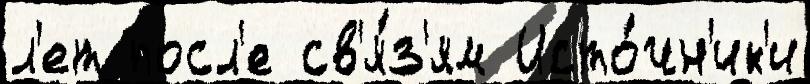
л'ет посл'е св'я́з'ям Исто́чн'ик'и